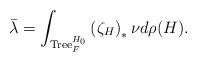
LaTeX: \begin{align*}\bar{\lambda}=\int_{{\rm Tree}_{F}^{H_{0}}}\left(\zeta_{H}\right)_{\ast}\nu d\rho(H).\end{align*}